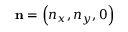
\mathbf { n } = \left( n _ { x } , n _ { y } , 0 \right)